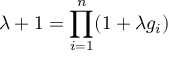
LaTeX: \lambda + 1 = \prod _ { i = 1 } ^ { n } ( 1 + \lambda g _ { i } )